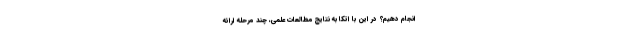
انجام دهیم؟ در این با اتکا به نتایج مطالعات علمی، چند مرحله ارائه